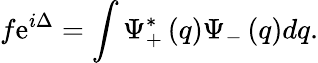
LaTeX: f\mathrm{e}^{i\Delta}=\int\Psi_{+}^{\ast}\left(q\right)\Psi_{-}\left(q\right)dq.